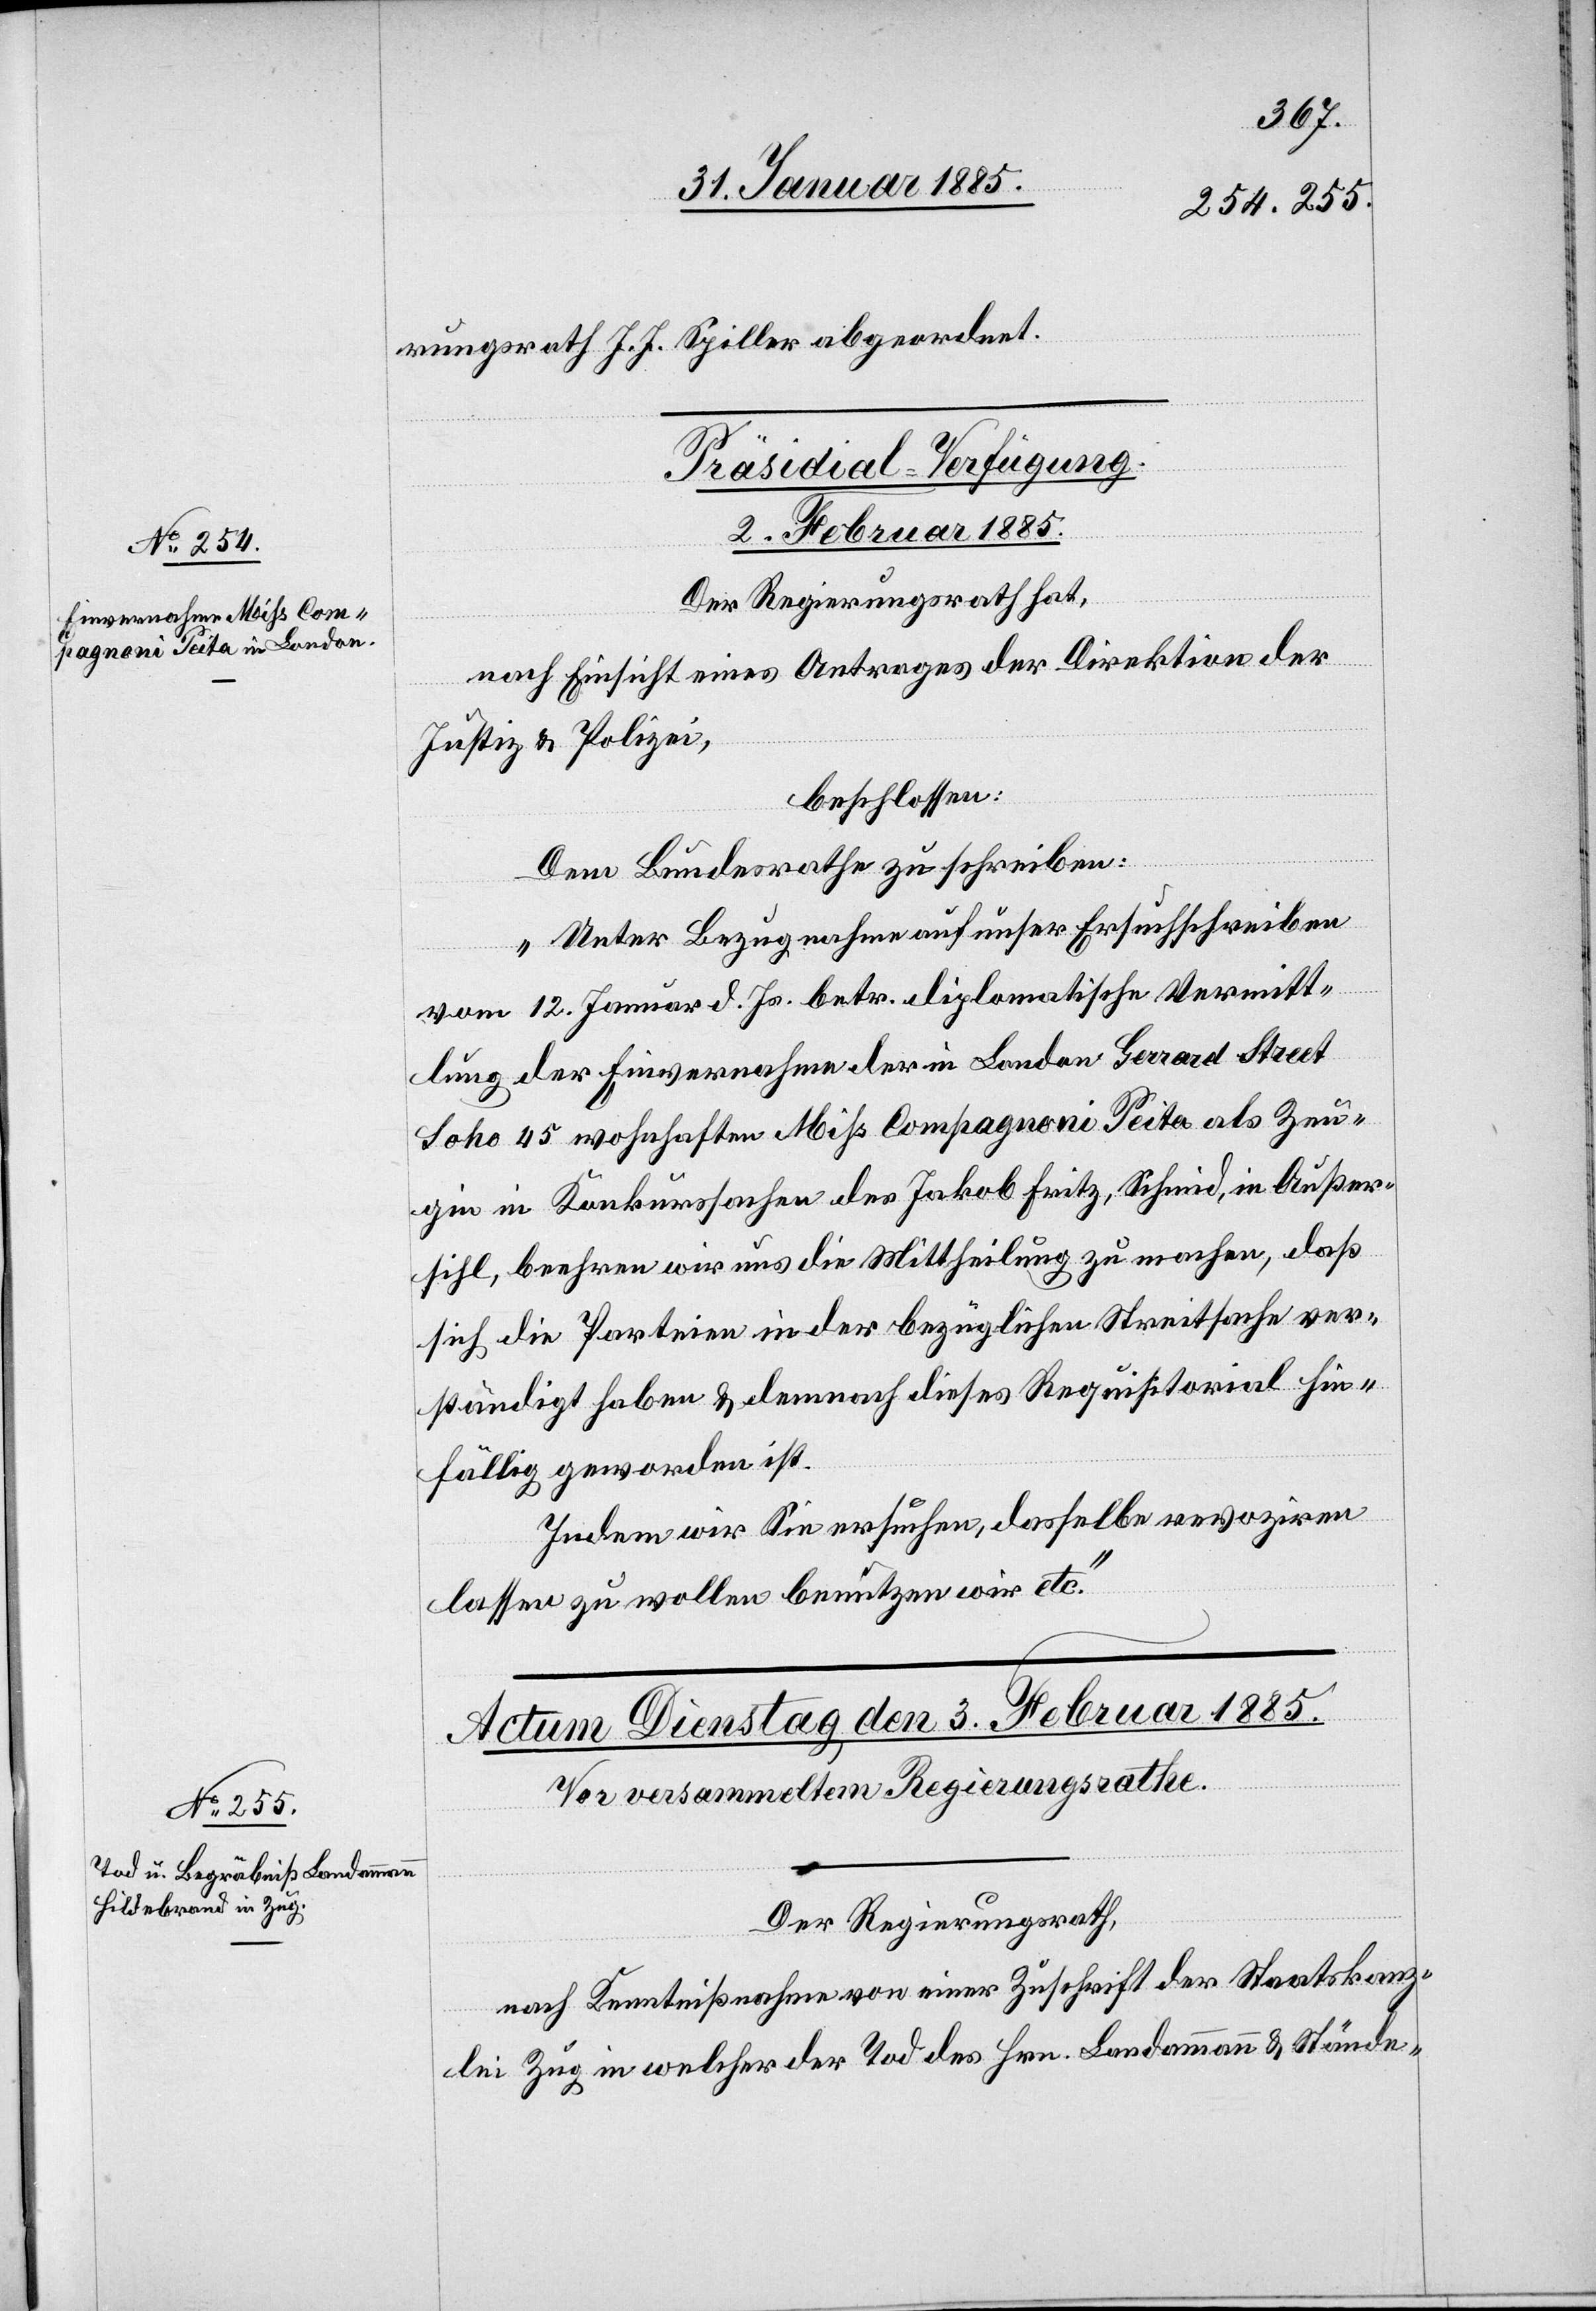
rungsrath J. J. Spiller abgeordnet.
Präsidial-Verfügung.
2. Februar 1885
Der Regierungsrath hat,
nach Einsicht eines Antrages der Direktion der
Justiz & Polizei,
beschlossen:
Dem Bundesrath zu schreiben:
„Unter Bezugnahme auf unser Ersuchschreiben
vom 12. Januar d. Js. betr. diplomatische Vermitt¬
lung der Einvernahme der in London Gerrard Street
Soho 45 wohnhaften Miß Compagnoni Peita als Zeu¬
gin in Konkurssachen des Jakob Fritz, Schmid, in Außer¬
sihl, beehren wir uns die Mittheilung zu machen, daß
sich die Parteien in der bezüglichen Streitsache ver¬
ständigt haben & demnach dieses Requisitorial hin¬
fällig geworden ist.
Indem wir Sie ersuchen, dasselbe revoziren
lassen zu wollen benutzen wir etc.“
Der Regierungsrath,
nach Kenntißnahme von einer Zuschrift der Staatskanz¬
lei Zug in welcher der Tod des Hrn. Landammann & Stände-